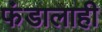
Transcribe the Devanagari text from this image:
फंडालाही